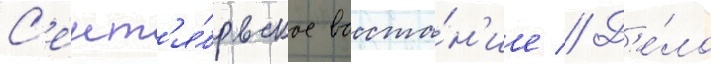
С'ент'я́брьское восста́н'ие // Д'е́ло